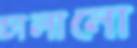
চালানো